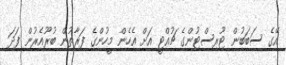
އޭގެ ސަބަބުން ޓޫރިސްޓުންގެ ޗުއްޓީ އަށް އެހެން މީހުންގެ ފަރާތުން ބުރޫއެރުން ފަދަ